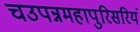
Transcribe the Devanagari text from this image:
चउपन्नमहापुरिसरियं